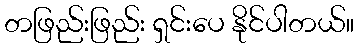
တဖြည်းဖြည်း ရှင်းပေ နိုင်ပါတယ်။